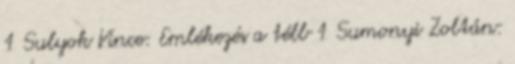
1 Sulyok Vince: Emlékezés a télb 1 Sumonyi Zoltán: